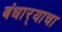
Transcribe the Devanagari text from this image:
बंधार्‍याचा